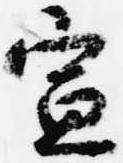
宣